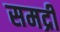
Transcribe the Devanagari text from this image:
समद्री